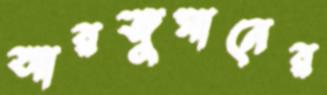
আরজুমানের